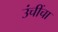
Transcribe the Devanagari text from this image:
उंचींचा